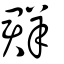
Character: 群